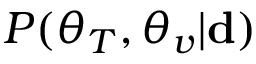
P ( \boldsymbol { \theta } _ { T } , \boldsymbol { \theta } _ { v } | \mathbf { d } )